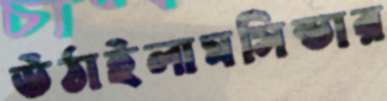
উঠাইলামসিন্ডার